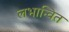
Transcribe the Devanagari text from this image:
लभान्वित